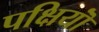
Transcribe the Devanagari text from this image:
पक्षियॊं